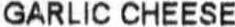
GARLIC CHEESE